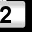
Digit: 2